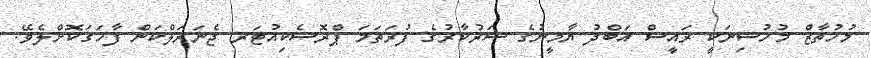
މުހުތާޒް މުހުސިނަކީ ރައީސް އަބްދު ޔާމީނުގެ ސަރުކާރުގެ ފުރަތަމަ ޕްރޮސެކިއުޓަރ ޖެނަރަލްކަން ފާހަގަކޮށްލެވޭ.